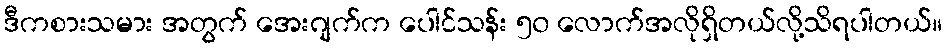
ဒီကစားသမား အတွက် အေးဂျက်က ပေါင်သန်း ၅၀ လောက်အလိုရှိတယ်လို့သိရပါတယ်။